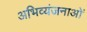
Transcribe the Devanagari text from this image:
अभिव्यंजनाओं